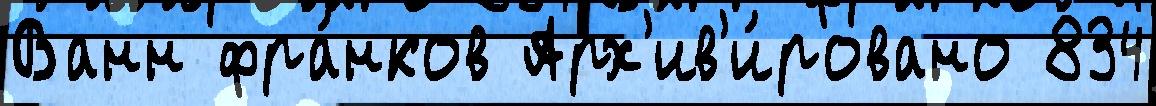
Ванн фра́нков Арх'ив'и́ровано 834